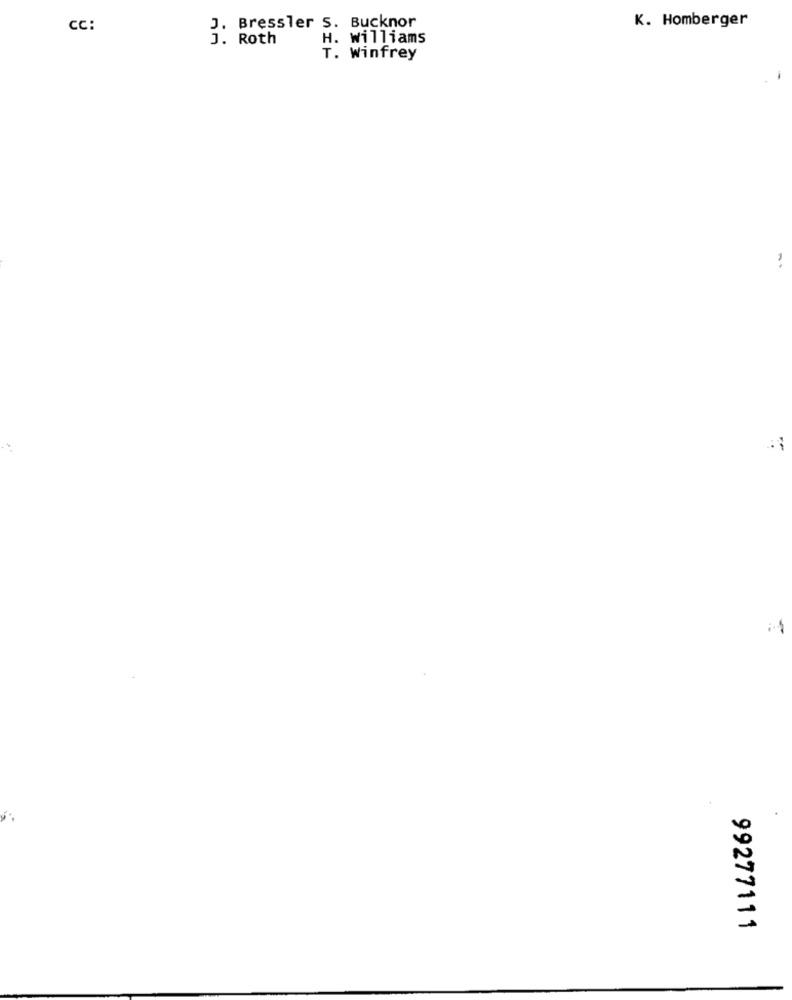
K. Homberger
CC:
J. Bressler S. Bucknor
J. Roth
H. Williams
T. Winfrey
99277111